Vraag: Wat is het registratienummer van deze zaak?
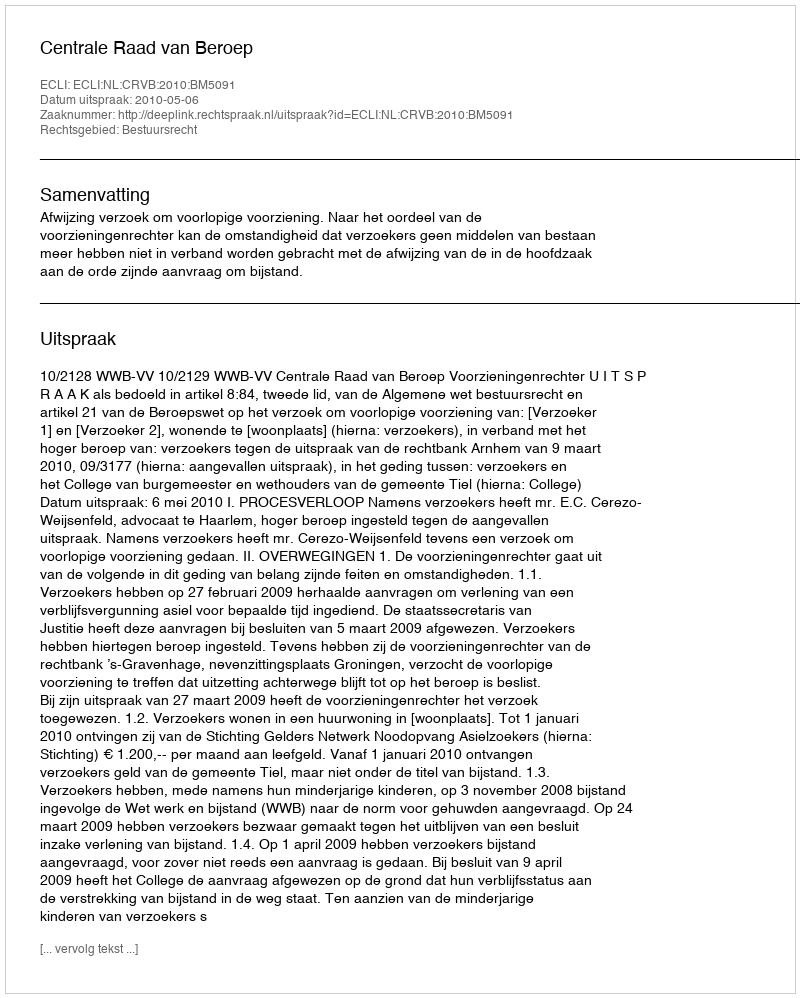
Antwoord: http://deeplink.rechtspraak.nl/uitspraak?id=ECLI:NL:CRVB:2010:BM5091